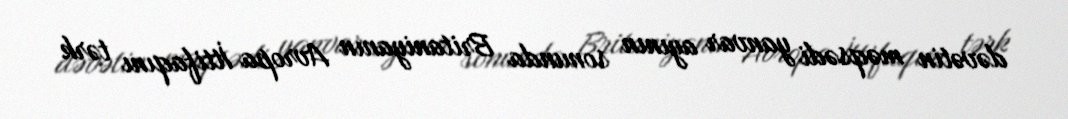
dəvətin məqsədi yanvar ayının sonunda Britaniyanın Avropa İttifaqını tərk